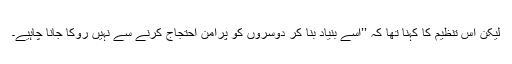
لیکن اس تنظیم کا کہنا تھا کہ ’’اسے بنیاد بنا کر دوسروں کو پرامن احتجاج کرنے سے نہیں روکا جانا چاہیے۔